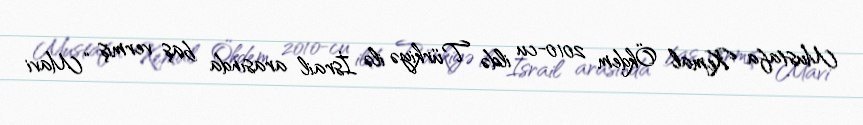
Mustafa Kemal Ökdem 2010-cu ildə Türkiyə ilə İsrail arasında baş vermiş “Mavi